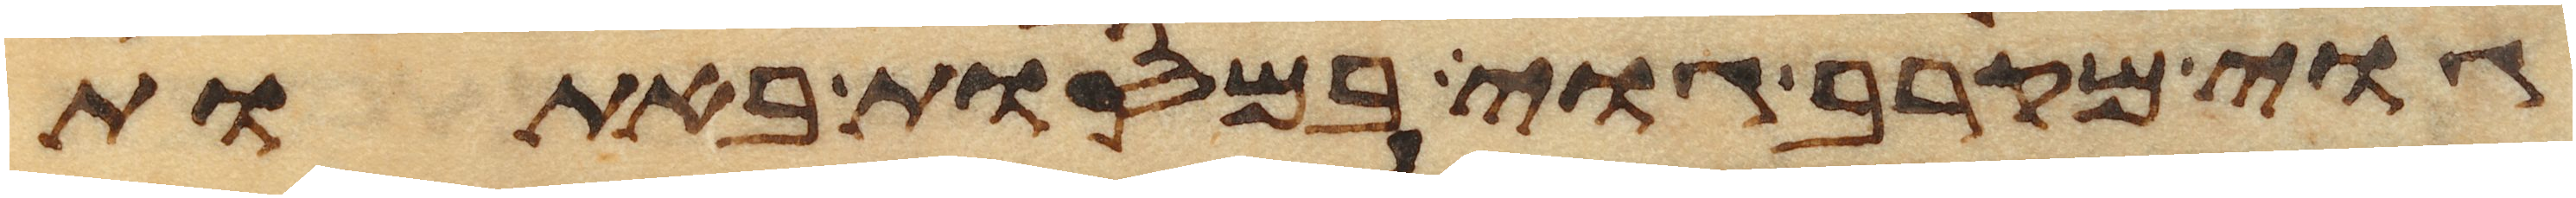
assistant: גוי מקרב גוי במסות באתות